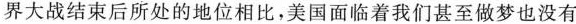
界大战结束后所处的地位相比，美国面临着我们甚至做梦也没有